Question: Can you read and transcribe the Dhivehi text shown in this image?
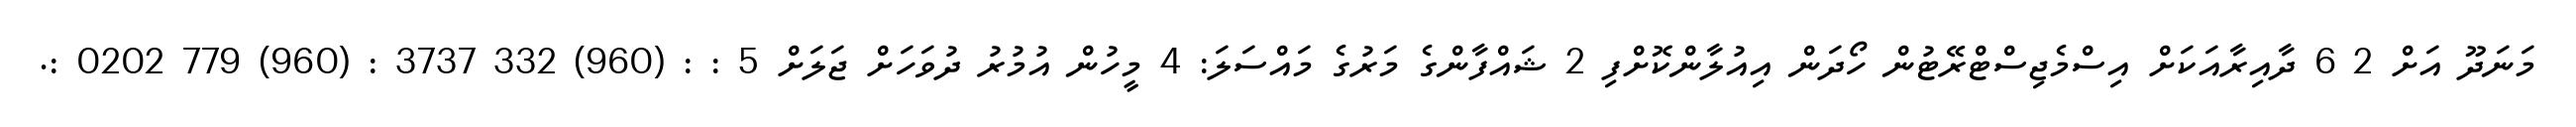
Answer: މަނަދޫ އަށް 2 6 ދާއިރާއަކަށް އިސްމެޖިސްޓްރޭޓުން ހޯދަން އިއުލާންކޮށްފި 2 ޝައްފާންގެ މަރުގެ މައްސަލަ: 4 މީހުން އުމުރު ދުވަހަށް ޖަލަށް 5 : : (960) 332 3737 : (960) 779 0202 :.